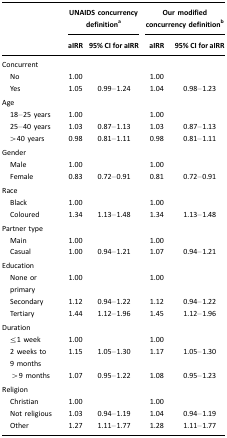
|  | <COLSPAN=2> UNAIDS concurrency definitiona | <COLSPAN=2> Our modified concurrency definitionb |
 |  | aIRR | 95% CI for aIRR | aIRR | 95% CI for aIRR |
 | --- | --- | --- | --- | --- |
 | Concurrent |  |  |  |  |
 | No | 1.00 |  | 1.00 |  |
 | Yes | 1.05 | 0.99–1.24 | 1.04 | 0.98–1.23 |
 | Age |  |  |  |  |
 | 18–25 years | 1.00 |  | 1.00 |  |
 | 25–40 years | 1.03 | 0.87–1.13 | 1.03 | 0.87–1.13 |
 | >40 years | 0.98 | 0.81–1.11 | 0.98 | 0.81–1.11 |
 | Gender |  |  |  |  |
 | Male | 1.00 |  | 1.00 |  |
 | Female | 0.83 | 0.72–0.91 | 0.81 | 0.72–0.91 |
 | Race |  |  |  |  |
 | Black | 1.00 |  | 1.00 |  |
 | Coloured | 1.34 | 1.13–1.48 | 1.34 | 1.13–1.48 |
 | Partner type |  |  |  |  |
 | Main | 1.00 |  | 1.00 |  |
 | Casual | 1.00 | 0.94–1.21 | 1.07 | 0.94–1.21 |
 | Education |  |  |  |  |
 | None or primary | 1.00 |  | 1.00 |  |
 | Secondary | 1.12 | 0.94–1.22 | 1.12 | 0.94–1.22 |
 | Tertiary | 1.44 | 1.12–1.96 | 1.45 | 1.12–1.96 |
 | Duration |  |  |  |  |
 | ≤1 week | 1.00 |  | 1.00 |  |
 | 2 weeks to 9 months | 1.15 | 1.05–1.30 | 1.17 | 1.05–1.30 |
 | >9 months | 1.07 | 0.95–1.22 | 1.08 | 0.95–1.23 |
 | Religion |  |  |  |  |
 | Christian | 1.00 |  | 1.00 |  |
 | Not religious | 1.03 | 0.94–1.19 | 1.04 | 0.94–1.19 |
 | Other | 1.27 | 1.11–1.77 | 1.28 | 1.11–1.77 |